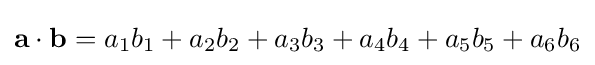
\mathbf {a} \cdot \mathbf {b} =a_{1}b_{1}+a_{2}b_{2}+a_{3}b_{3}+a_{4}b_{4}+a_{5}b_{5}+a_{6}b_{6}